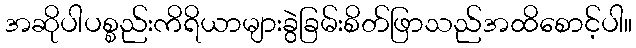
အဆိုပါပစ္စည်းကိရိယာများခွဲခြမ်းစိတ်ဖြာသည်အထိစောင့်ပါ။